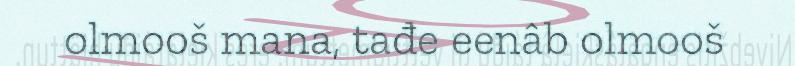
olmooš mana, tađe eenâb olmooš